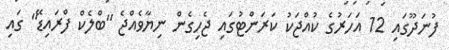
ފުނަދޫގައި 12 އަހަރުގެ ކުއްޖަކު ކަރަންޓުގައި ޖެހިގެން ނިޔާވެއްޖެ "ބްލެކް ފްރައިޑޭ" ގައި